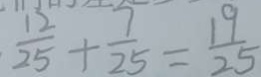
\frac { 1 2 } { 2 5 } + \frac { 7 } { 2 5 } = \frac { 1 9 } { 2 5 }